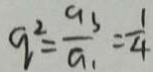
q ^ { 2 } = \frac { 9 s } { a _ { 1 } } = \frac { 1 } { 4 }